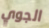
الجوي